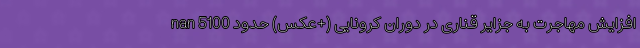
nan افزایش مهاجرت به جزایر قناری در دوران کرونایی (+عکس) حدود 5100